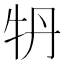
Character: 𤘪